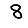
Digit: 8